Indian journal of veterinary science and animal husbandry - Volumes 15-17, 1948-1951
Year: 1948
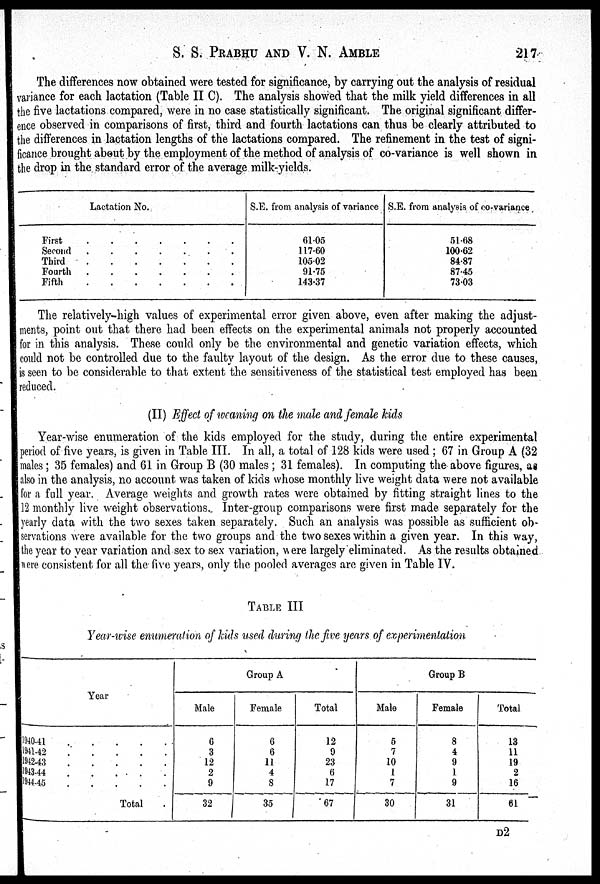
S. S. PRABHU AND V. N. AMBLE 217
The differences now obtained were tested for significance, by carrying out the analysis of residual
variance for each lactation (Table II C). The analysis showed that the milk yield differences in all
the five lactations compared, were in no case statistically significant. The original significant differ-
ence observed in comparisons of first, third and fourth lactations can thus be clearly attributed to
the differences in lactation lengths of the lactations compared. The refinement in the test of signi-
ficance brought about by the employment of the method of analysis of co-variance is well shown in
the drop in the standard error of the average milk-yields.
Lactation No.
First . . . . . . .
Second . . . . . . .
Third . . . . . . .
Fourth . . . . . . .
Fifth . . . . . . .
S.E. from analysis of variance
61.05
117.60
105.02
91.75
143.37
S.E. from analysis of co-variance
51.68
100.62
84.87
87.45
73.03
The relatively-high values of experimental error given above, even after making the adjust-
ments, point out that there had been effects on the experimental animals not properly accounted
for in this analysis. These could only be the environmental and genetic variation effects, which
could not be controlled due to the faulty layout of the design. As the error due to these causes,
is seen to be considerable to that extent the sensitiveness of the statistical test employed has been
reduced.
(II) Effect of weaning on the male and female kids
Year-wise enumeration of the kids employed for the study, during the entire experimental
period of five years, is given in Table III. In all, a total of 128 kids were used ; 67 in Group A (32
males ; 35 females) and 61 in Group B (30 males ; 31 females). In computing the above figures, as
also in the analysis, no account was taken of kids whose monthly live weight data were not available
for a full year. Average weights and growth rates were obtained by fitting straight lines to the
12 monthly live weight observations. Inter-group comparisons were first made separately for the
yearly data with the two sexes taken separately. Such an analysis was possible as sufficient ob-
servations were available for the two groups and the two sexes within a given year. In this way,
the year to year variation and sex to sex variation, were largely eliminated. As the results obtained
were consistent for all the five years, only the pooled averages are given in Table IV.
TABLE III
Year-wise enumeration of kids used during the five years of experimentation
Year
1940-41 . . . . .
1941-42 . . . . .
194243 . . . . .
194344 . . . . .
194445 . . . . .
Total .
Group A
Male
6
3
12
2
9
32
Female
6
6
11
4
8
35
Total
12
9
23
6
17
67
Group B
Male
5
7
10
1
7
30
Female
8
4
9
1
9
31
Total
13
11
19
2
16
61
D2